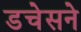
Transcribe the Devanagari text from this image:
डचेसने